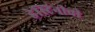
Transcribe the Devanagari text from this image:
डेस्टिनीची